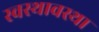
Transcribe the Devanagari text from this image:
स्वस्थावस्था